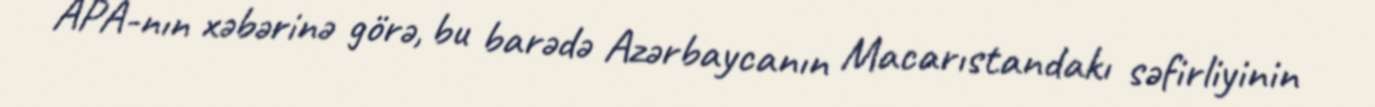
APA-nın xəbərinə görə, bu barədə Azərbaycanın Macarıstandakı səfirliyinin